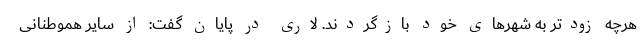
هرچه زودتر به شهرهای خود بازگردند. لاری در پایان گفت: از سایر هموطنانی